Report on the cholera epidemic of
Year: 1868
Disease focus: Cholera
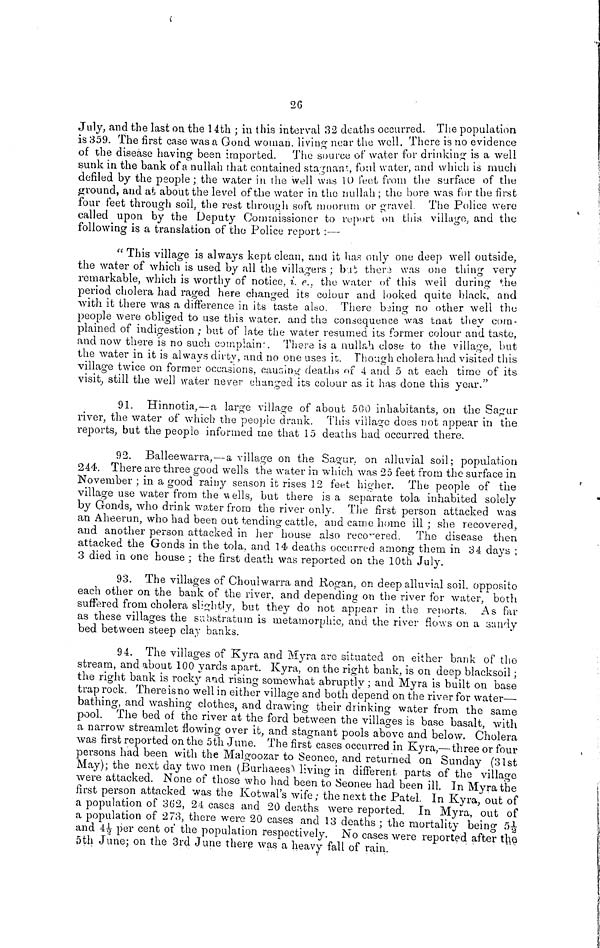
26
July, and the last on the 14th ; in this interval 32 deaths occurred. The population
is 359. The first case was a Gond woman, living near the well. There is no evidence
of the disease having been imported. The source of water for drinking is a well
sunk in the bank of a nullah that contained stagnant, foul water, and which is much
defiled by the people ; the water in the well was 10 feet from the surface oí the
ground, and at about the level of the water in the nullah ; the bore was for the first
four feet through soil, the rest through soft moorum or gravel. The Police were
called upon by the Deputy Commissioner to report on this village, and the
following is a translation of the Police report :—
"This village is always kept clean, and it has only one deep well outside,
the water of which is used by all the villagers ; but there was one thing very
remarkable, which is worthy of notice, i. e., the water of this weil during the
period cholera had raged here changed its colour and looked quite black, and
with it there was a difference in its "taste also. There being no other well the
people were obliged to use this water, and the consequence was that they com-
plained of indigestion ; but of late the water resumed its former colour and taste,
and now there is no such complain. There is a nullah close to the village, but
the water in it is always dirty, and no one uses it. Though cholera had visited this
village twice on former occasions, causing deaths of 4 and 5 at each time of its
visit, still the well water never changed its colour as it has done this year."
91. Hinnotia, —a large village of about 500 inhabitants, on the Sagur
river, the water of which the people drank. This village does not appear in the
reports, but the people informed me that 15 deaths had occurred there.
92. Balleewarra,—a village on the Sagur, on alluvial soil ; population
244. There are three good wells the water in which was 25 feet from the surface in
November ; in a good rainy season it rises 12 feet higher. The people of the
village use water from the wells, but there is a separate tola inhabited solely
by Gonds, who drink water from the river only. The first person attacked was
an Aheerun, who had been out tending cattle, and came home ill; she recovered,
and another person attacked in her house also recovered. The disease then
attacked the Gonds in the tola, and 14 deaths occurred among them in 34 days ;
3 died in one house ; the first death was reported on the 10th July.
93. The villages of Choulwarra and Rogan, on deep alluvial soil, opposite
each other on the bank of the river, and depending on the river for water, both
suffered from cholera slightly, but they do not appear in the reports. As far
as these villages the substratum is metamorphic, and the river flows on a sandy
bed between steep clay banks.
94. The villages of Kyra and Myra arc situated on either bank of the
stream, and about 100 yards apart. Kyra, on the right bank, is on deep blacksoil ;
the right bank is rocky and rising somewhat abruptly ; and Myra is built on base
trap rock. There is no well in either village and both depend on the river for water—
bathing, and washing clothes, and drawing their drinking water from the same
pool. The bed of the river at the ford between the villages is base basalt, with
a narrow streamlet flowing over it, and stagnant pools above and below. Cholera
was first reported on the 5th June. The first cases occurred in Kyra,—three or four
persons had been with the Malgoozar to Seonee, and returned on Sunday (31st
May); the next day two men (Burhaees) living in different parts of the village
were attacked. None of those who had been to Seonee had been ill. In Myra the
first person attacked was the Kotwal's wife; the next the Patel. In Kyra, out of
a population of 362, 24 cases and 20 deaths were reported. In Myra, out of
a population of 273, there were 20 cases and 13 deaths ; the mortality being 5½
and 4½ per cent of the population respectively. No cases were reported after the
5th June; on the 3rd June there was a heavy fall of rain.